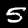
Digit: 5